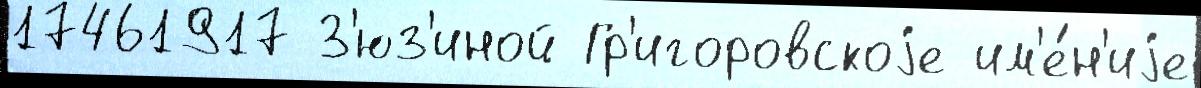
17461917 З'юз'иной Гр'игоровскоjе им'е́н'иjе